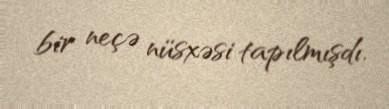
bir neçə nüsxəsi tapılmışdı.